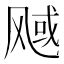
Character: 𬱿